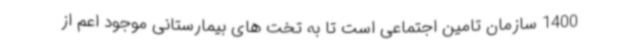
1400 سازمان تامین اجتماعی است تا به تخت های بیمارستانی موجود اعم از